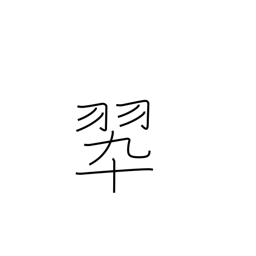
Meaning: color green